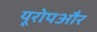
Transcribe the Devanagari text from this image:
यूरोपऔर